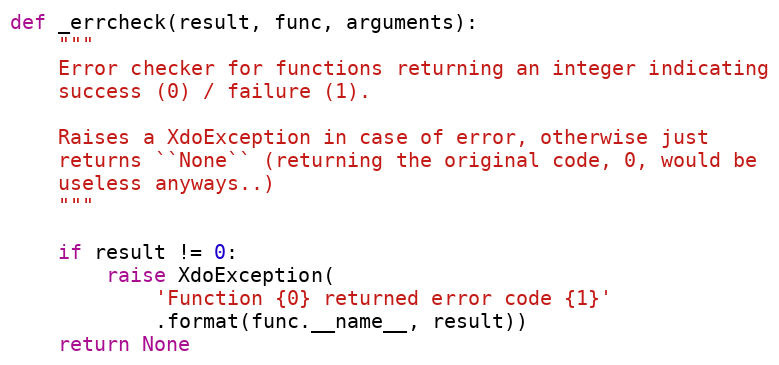
Language: Python
def _errcheck(result, func, arguments):
    """
    Error checker for functions returning an integer indicating
    success (0) / failure (1).

    Raises a XdoException in case of error, otherwise just
    returns ``None`` (returning the original code, 0, would be
    useless anyways..)
    """

    if result != 0:
        raise XdoException(
            'Function {0} returned error code {1}'
            .format(func.__name__, result))
    return None